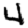
Digit: 4